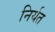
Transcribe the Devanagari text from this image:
निर्यत